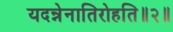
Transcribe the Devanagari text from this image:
यदन्नेनातिरोहति॥२॥